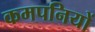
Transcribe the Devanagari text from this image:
कमपनियों